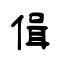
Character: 偮